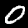
Label: 0